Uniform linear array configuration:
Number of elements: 8
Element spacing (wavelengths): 0.5
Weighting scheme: hamming
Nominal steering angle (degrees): -30
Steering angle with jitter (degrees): -31.615
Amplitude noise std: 0.05
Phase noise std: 0.05

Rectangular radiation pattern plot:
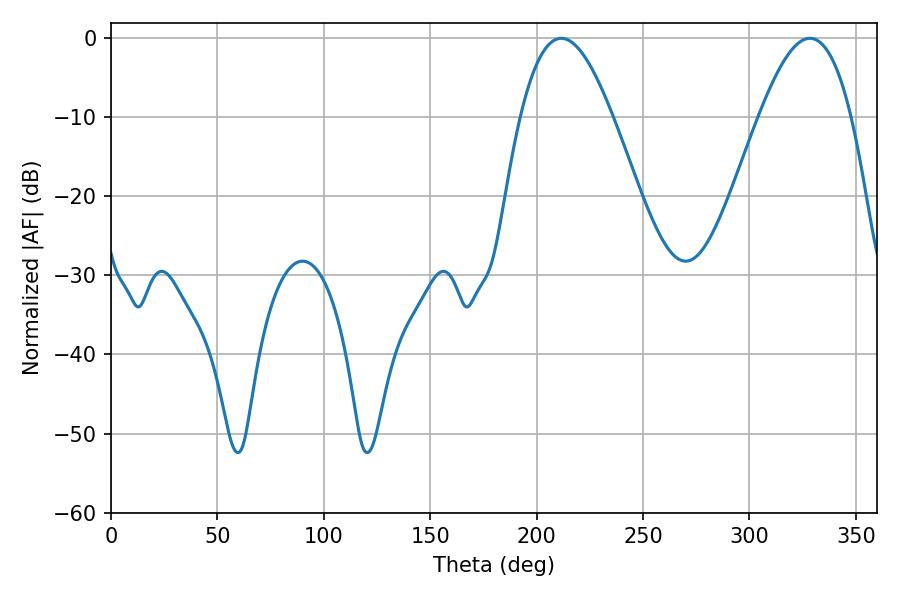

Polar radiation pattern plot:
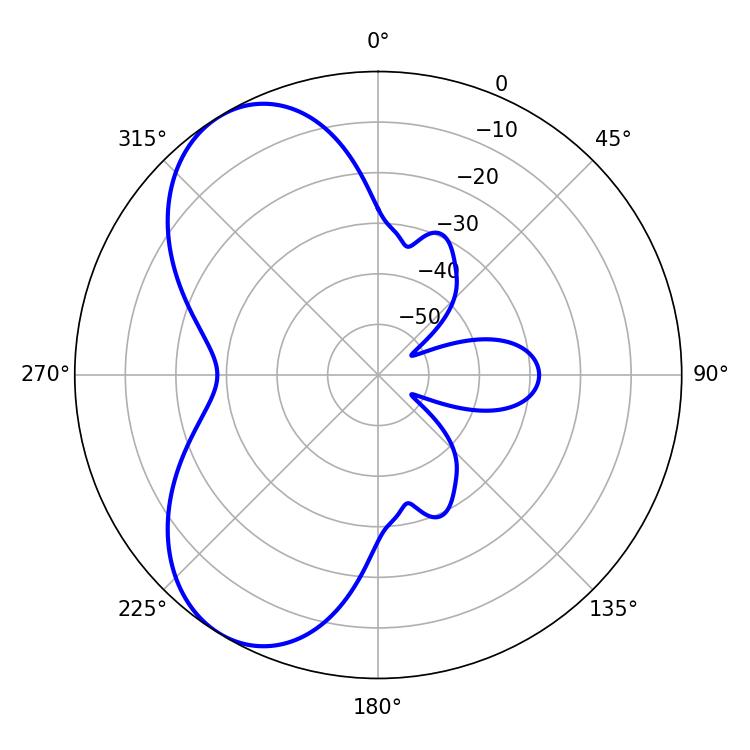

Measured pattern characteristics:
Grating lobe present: FALSE
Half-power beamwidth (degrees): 23.58
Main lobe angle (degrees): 211.5